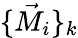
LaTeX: \{ \vec{M}_{i}\} _{k}